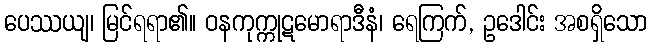
ပေဿယျ၊ မြင်ရရာ၏။ ဝနကုက္ကုဋမောရာဒီနံ၊ ရေကြက်, ဥဒေါင်း အစရှိသော